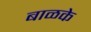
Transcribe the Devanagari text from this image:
बाळके